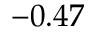
- 0 . 4 7